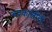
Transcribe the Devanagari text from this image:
भद्रकालीची